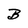
Character: B